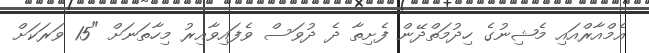
އެމްއާރްއައި މެޝިނުގެ ހިދުމަތްދޭން ފެށިތާ ދެ ދުވަސް ވެފައިވާއިރު މިހާތަނަށް "15 ވަރަކަށް